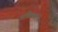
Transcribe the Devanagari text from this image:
अधिकारहि